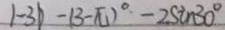
1 - 3 b - ( 3 - \pi ) ^ { \circ } - 2 \sin 3 0 ^ { \circ }